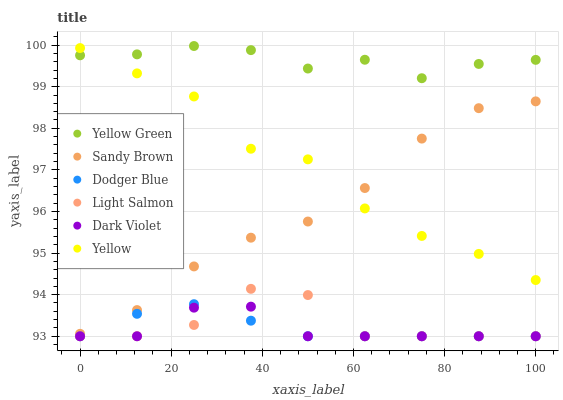
| xaxis_label | Yellow Green | Sandy Brown | Dodger Blue | Light Salmon | Dark Violet | Yellow |
 | --- | --- | --- | --- | --- | --- | --- |
 | 0 | 99.8 | 93.1 | 93 | 93 | 93 | 99.9 |
 | 12.5 | 99.8 | 93.6 | 93.5 | 93 | 93 | 99.3 |
 | 25 | 100 | 94.7 | 93.8 | 93.3 | 93.7 | 98.8 |
 | 37.5 | 99.9 | 95.4 | 93.4 | 94.1 | 93.7 | 97.5 |
 | 50 | 99.4 | 95.8 | 93 | 94 | 93 | 97.3 |
 | 62.5 | 99.6 | 96.6 | 93 | 93 | 93 | 96.1 |
 | 75 | 99.2 | 97.8 | 93 | 93 | 93 | 95.4 |
 | 87.5 | 99.5 | 98.5 | 93 | 93 | 93 | 95 |
 | 100 | 99.6 | 98.6 | 93 | 93 | 93 | 94.4 |